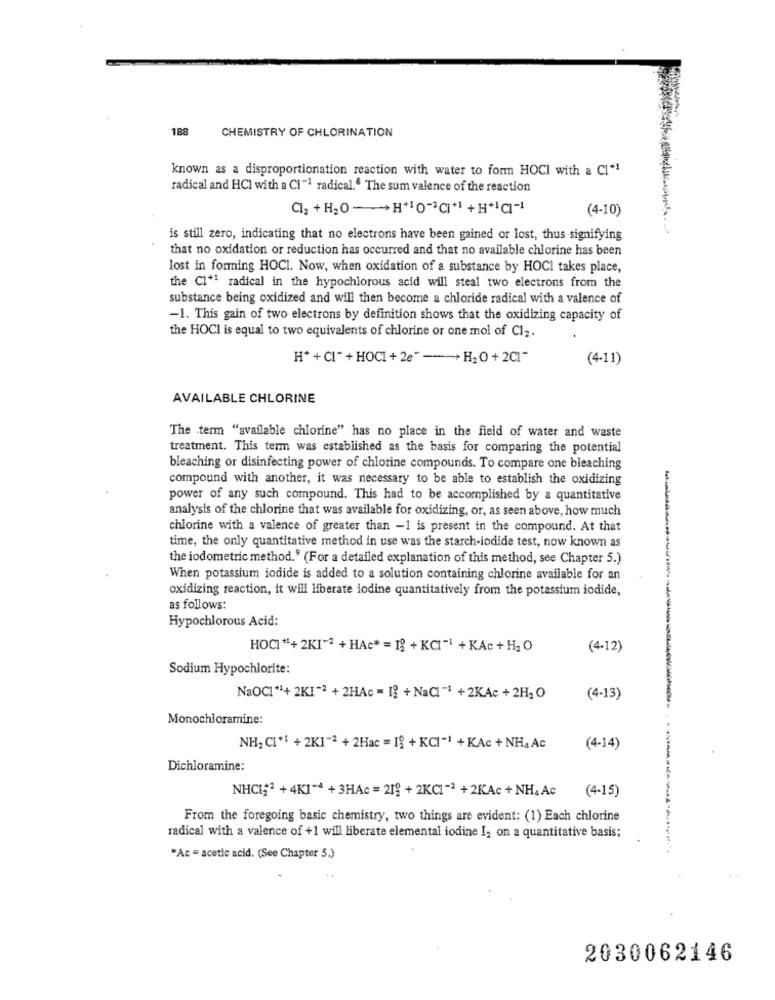
CHEMISTRY OF CHLORINATION
188
known as a disproportionation reaction with water to form HOCI with a Cl*
radical and HCI with a CI~1 radical." The sum valence of the reaction
(4-10)
is still zero, indicating that no electrons have been gained or lost, thus signifying
that no oxidation or reduction has occurred and that no available chlorine has been
lost in forming HOCI. Now, when oxidation of a substance by HOCI takes place,
the CI* radical in the hypochlorous acid will steal two electrons from the
substance being oxidized and will then become a chloride radical with a valence of
-1. This gain of two electrons by definition shows that the oxidizing capacity of
the HOCI is equal to two equivalents of chlorine or one mol of Cl2.
H+ +Cl"+HOC1 +2e"-+H2O+2Cl-
(4-11)
AVAILABLE CHLORINE
The term "available chlorine" has no place in the field of water and waste
treatment. This term was established as the basis for comparing the potential
bleaching or disinfecting power of chlorine compounds. To compare one bleaching
compound with another, it was necessary to be able to establish the oxidizing
power of any such compound. This had to be accomplished by a quantitative
analysis of the chlorine that was available for oxidizing, or, as seen above, how much
chlorine with a valence of greater than -1 is present in the compound. At that
time, the only quantitative method in use was the starch-iodide test, now known as
the iodometric method." (For a detailed explanation of this method, see Chapter 5.)
When potassium iodide is added to a solution containing chlorine available for an
oxidizing reaction, it will liberate iodine quantitatively from the potassium iodide,
as follows:
Hypochlorous Acid:
-----------
HOCI "+ 2KI"2 + HAc* = 12 + KCI"1 + KAc+ H2O
(4-12)
Sodium Hypochlorite:
NaOCI"1+2KI"2 + 2HAc = 12 + NaCI"1 +2KAc +2H2O
(4-13)
Monochloramine:
NH2 CI*" + 2K1-2 + 2Hac = 19 + KCI"1 + KAc + NH4Ac
(4-14)
Dichloramine:
NHCI2 + 4K1-4 + 3HAc = 219 + 2KCI-2 +2KAc + NH4Ac
(4-15)
From the foregoing basic chemistry, two things are evident: (1) Each chlorine
radical with a valence of +1 will liberate elemental iodine I2 on a quantitative basis;
*Ac = acetic acid. (See Chapter 5.)
2030062146